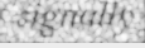
signally